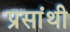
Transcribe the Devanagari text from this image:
प्रसांथी